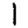
Digit: 1